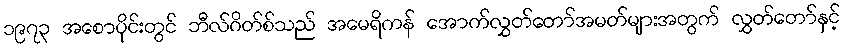
၁၉၇၃ အစောပိုင်းတွင် ဘီလ်ဂိတ်စ်သည် အမေရိကန် အောက်လွှတ်တော်အမတ်များအတွက် လွှတ်တော်နှင့်